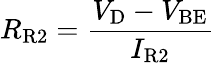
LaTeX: R_{\mathrm{R2}}={\frac{V_{\mathrm{D}}-V_{\mathrm{BE}}}{I_{\mathrm{R2}}}}